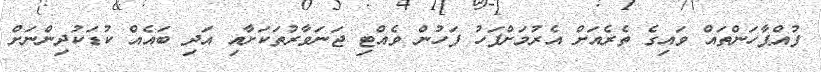
ފުއްޕާހަންތައް ވައިގެ ތެރެއަށް އެރުމަށްފަހު ފަހުން ވެއްޓި ޖަނަވާރުތަކަށާއި އަދި ބައެއް ކުޑަކުދިންނަށް